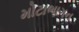
મોટાભાગન